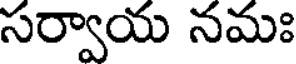
సర్వాయ నమః